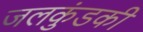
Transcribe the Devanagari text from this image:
जलकुंडकी